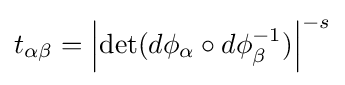
t_{\alpha \beta }=\left|\det(d\phi _{\alpha }\circ d\phi _{\beta }^{-1})\right|^{-s}